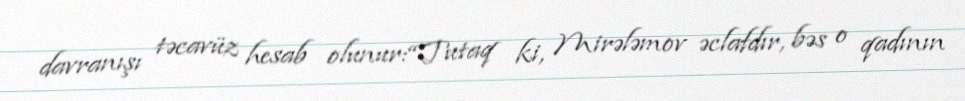
davranışı təcavüz hesab olunur:“Tutaq ki, Mirələmov əclafdır, bəs o qadının